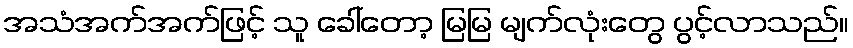
အသံအက်အက်ဖြင့် သူ ခေါ်တော့ မြမြ မျက်လုံးတွေ ပွင့်လာသည်။